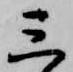
三